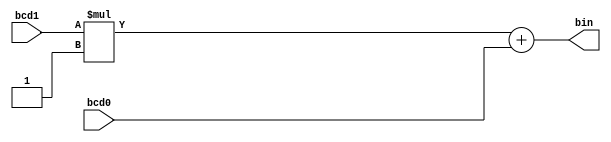
module binconv (bcd1, bcd0, bin );
input wire[3:0] bcd1, bcd0;
output wire [4:0] bin;


assign bin = (bcd1 * 4'b0001) + {1'b0, bcd0};

endmodule